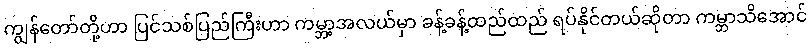
ကျွန်တော်တို့ဟာ ပြင်သစ်ပြည်ကြီးဟာ ကမ္ဘာ့အလယ်မှာ ခန့်ခန့်ထည်ထည် ရပ်နိုင်တယ်ဆိုတာ ကမ္ဘာသိအောင်